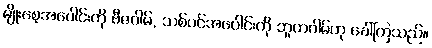
မျိုးစေ့အပေါင်းကို ဗီဇဂါမ်, သစ်ပင်အပေါင်းကို ဘူတဂါမ်ဟု ခေါ်ကြသည်။